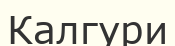
Калгури